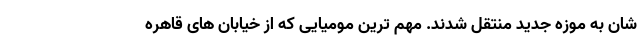
شان به موزه جدید منتقل شدند. مهم ترین مومیایی که از خیابان های قاهره